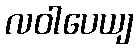
လဝါပေယျ